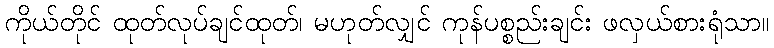
ကိုယ်တိုင် ထုတ်လုပ်ချင်ထုတ်၊ မဟုတ်လျှင် ကုန်ပစ္စည်းချင်း ဖလှယ်စားရုံသာ။